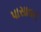
પાસાવત